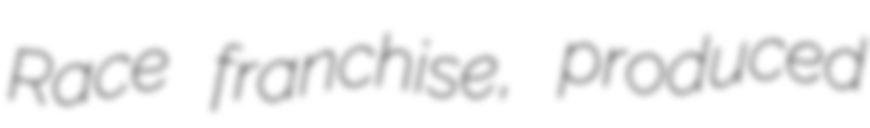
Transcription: Race franchise, produced